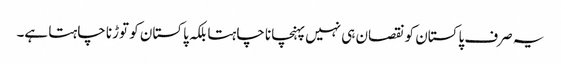
یہ صرف پاکستان کو نقصان ہی نہیں پہنچانا چاہتا بلکہ پاکستان کو توڑنا چاہتا ہے۔